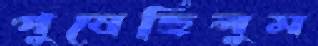
পুষেছিলুম